Annual report on the working of the Harcourt Butler Institute of Public Health, Rangoon
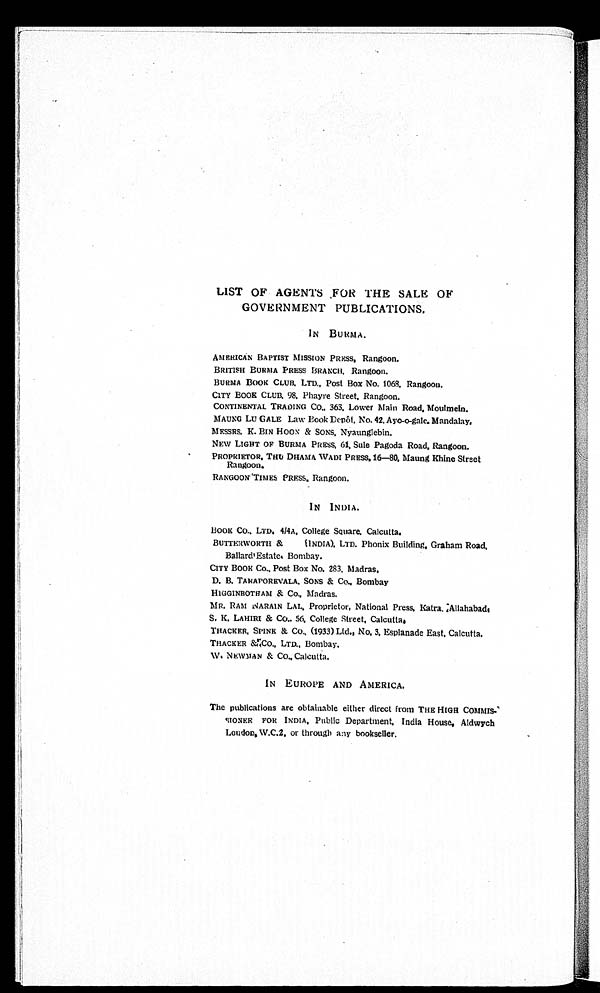
LIST OF AGENTS FOR THE SALE OF
GOVERNMENT PUBLICATIONS.
IN BURMA.
AMERICAN BAPTIST MISSION PRESS, Rangoon.
BRITISH BURMA PRESS BRANCH, Rangoon.
BURMA BOOK CLUB, LTD., Post Box No. 1068. Rangoon.
CITY BOOK CLUB, 98, Phayre Street, Rangoon.
CONTINENTAL TRADING CO., 363, Lower Main Road, Moulmein.
MAUNG LU GALE Law Book Depôt, No. 42, Ayo-o-gale, Mandalay,
MESSRS. K. BIN HOON & SONS, Nyaunglebin.
NEW LIGHT OF BURMA PRESS, 61, Sule Pagoda Road, Rangoon.
PROPRIETOR, THU DHAMA WADI PRESS, 16-80, Maung Khine Street
Rangoon.
RANGOON TIMES PRESS, Rangoon.
IN INDIA.
Book Co., LTD. 4/4A, College Square, Calcutta.
BUTTERWORTH & (INDIA). LTD. Phonix Building, Graham Road,
Ballard'Estate, Bombay.
CI TY BOOK Co. , Post Box No. 283, Madr as.
D. B. TARAPOREVALA. SONS & Co. , Bombay
HIGGINBOTHAM & Co. , Madras.
MR. RAM NARAIN LAL, Proprietor, National Press, Katra. Allahabad,
S. K. LAHIRI & Co., 56, College Street, Calcutta,
THACKER, SPINE & Co., (1933) Ltd., No. 3, Esplanade East, Calcutta.
THACKER & Co., LTD., Bombay.
W. NEWMAN & Co., Calcutta.
IN EUROPE AND AMERICA.
The publications are obtainable either direct from THE HIGH COMMIS
-SIONER FOR INDIA, Public Department, India House, Aldwych
Loudon, W.C.2. or through any bookseller.